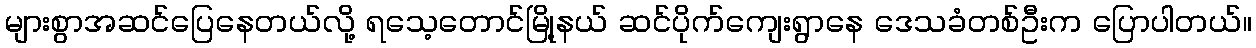
များစွာအဆင်ပြေနေတယ်လို့ ရသေ့တောင်မြို့နယ် ဆင်ပိုက်ကျေးရွာနေ ဒေသခံတစ်ဦးက ပြောပါတယ်။